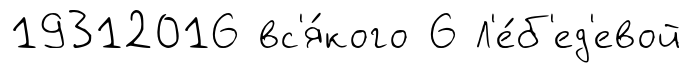
19312016 вс'я́кого 6 Л'е́б'ед'евой